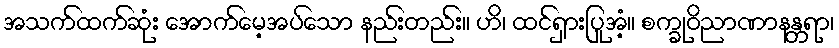
အသက်ထက်ဆုံး အောက်မေ့အပ်သော နည်းတည်း။ ဟိ၊ ထင်ရှားပြုအံ့။ စက္ခုဝိညာဏာနန္တရာ၊